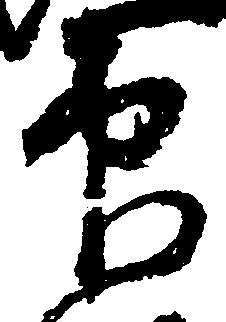
印